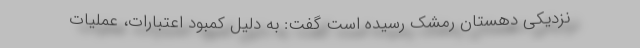
نزدیکی دهستان رمشک رسیده است گفت: به دلیل کمبود اعتبارات، عملیات